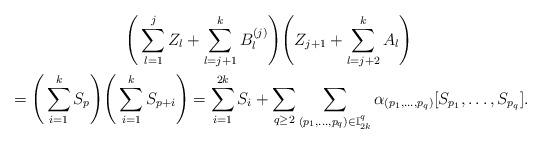
LaTeX: \begin{gather*} \Bigg(\sum_{l=1}^{j}Z_l+\sum_{l=j+1}^kB_l^{(j)}\Bigg)\Bigg(Z_{j+1}+\sum_{l=j+2}^kA_l\Bigg) \\ {} = \Bigg(\sum_{i=1}^kS_p\Bigg)\Bigg(\sum_{i=1}^{k}S_{p+i}\Bigg) =\sum_{i=1}^{2k}S_i+\sum_{q\geq 2}\sum_{(p_1,\dots,p_q)\in \mathbb{I}_{2k}^q}\alpha_{(p_1,\dots,p_q)}[S_{p_1},\dots,S_{p_q}]. \end{gather*}